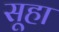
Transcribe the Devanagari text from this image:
सूहा